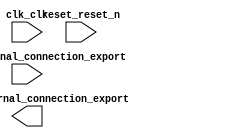

module first_nios2_system (
	clk_clk,
	led_pio_external_connection_export,
	reset_reset_n,
	sw_pio_external_connection_export);	

	input		clk_clk;
	output	[7:0]	led_pio_external_connection_export;
	input		reset_reset_n;
	input	[7:0]	sw_pio_external_connection_export;
endmodule